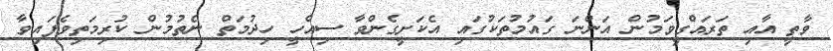
ވާތީ އާއި ތަރައްގީވަމުން އަންނަ ގައުމުތަކުގައި އެކަށީގެންވާ ސިއްހީ ހިދުމަތް ނެތުމުން ކުރިމަތިވެފައިވާ